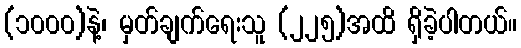
(၁၀၀၀)နဲ့၊ မှတ်ချက်ရေးသူ (၂၂၅)အထိ ရှိခဲ့ပါတယ်။